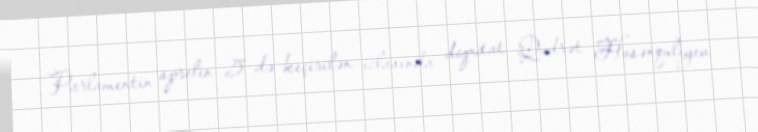
Parlamentin aprelin 5-də keçirilən iclasında deputat Qüdrət Həsənquliyev